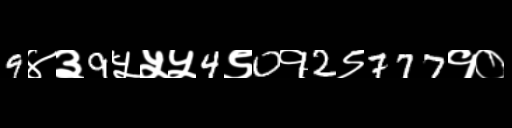
Text: 9४३9५५५4९0१2९777१०